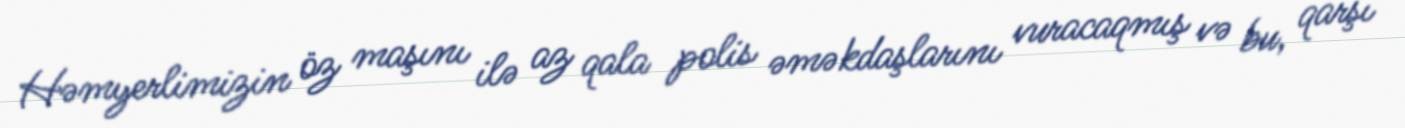
Həmyerlimizin öz maşını ilə az qala polis əməkdaşlarını vuracaqmış və bu, qarşı